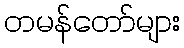
တမန်တော်များ